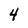
Character: 4